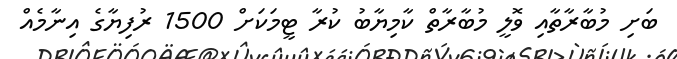
ބަށި މުބާރާތާއި ވޮލީ މުބާރާތް ކާމިޔާބު ކުރާ ޓީމަކަށް 1500 ރުފިޔާގެ އިނާމެއް